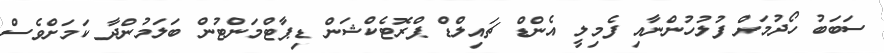
ސަބަބު ހޯދުމަށް ފުލުހުންނާއި ފެމިލީ އެންޑް ޗައިލްޑް ޕްރޮޓެކްޝަން ޑިޕާޓްމަންޓުން ބަލަމުންދާ ކަމަށްވެސް